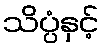
သိပ္ပံနှင့်